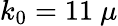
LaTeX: k_{0}=11~\mu